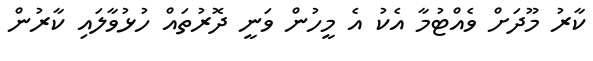
ކާރު މޫދަށް ވެއްޓުމާ އެކު އެ މީހުން ވަނީ ދޮރުތައް ހުޅުވާލައި ކާރުން